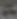
20